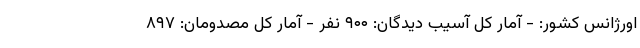
اورژانس کشور: - آمار کل آسیب دیدگان: ۹۰۰ نفر - آمار کل مصدومان: ۸۹۷